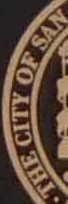
THE CITY OF SAN